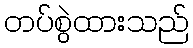
တပ်စွဲထားသည်